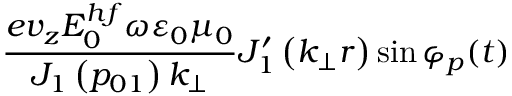
\frac { e v _ { z } E _ { 0 } ^ { h f } \omega \varepsilon _ { 0 } \mu _ { 0 } } { J _ { 1 } \left( p _ { 0 1 } \right) k _ { \perp } } J _ { 1 } ^ { \prime } \left( k _ { \perp } r \right) \sin \varphi _ { p } ( t )